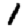
Digit: 1